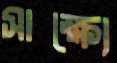
সাক্ষ্যে